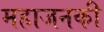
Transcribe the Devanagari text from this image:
महाजनकी